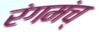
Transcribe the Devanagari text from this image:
रंगमंच्